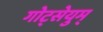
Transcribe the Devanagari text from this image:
गोट्सेयुम्